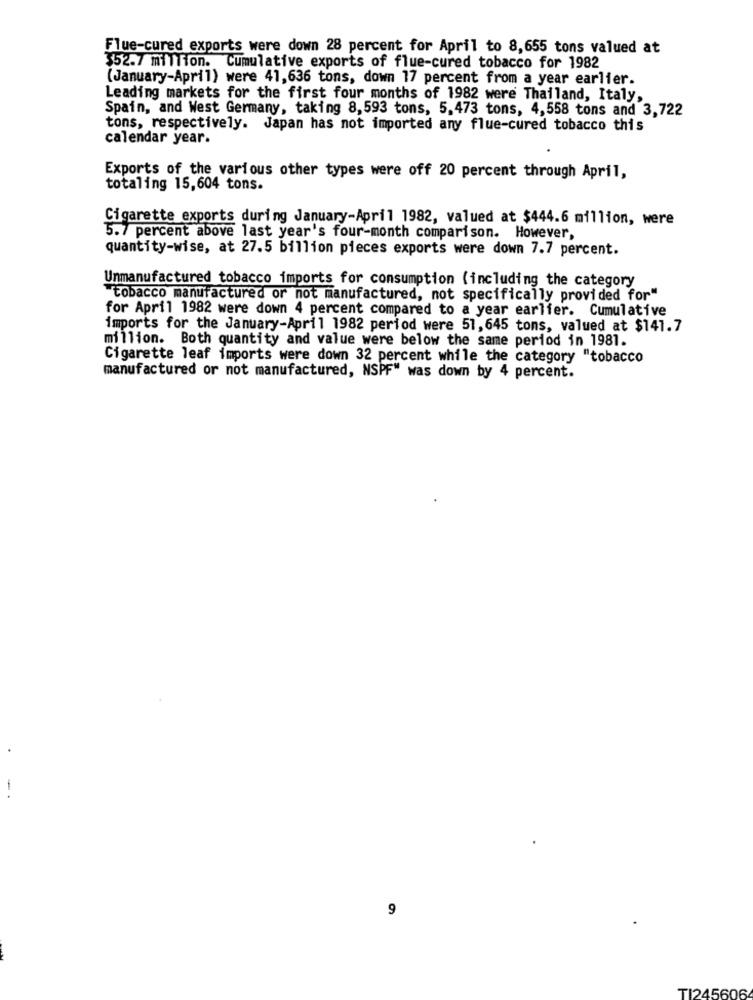
Flue-cured exports were down 28 percent for April to 8,655 tons valued at
352.7 million. Cumulative exports of flue-cured tobacco for 1982
(January-April) were 41,636 tons, down 17 percent from a year earlier.
Leading markets for the first four months of 1982 were Thailand, Italy,
Spain, and West Germany, taking 8,593 tons, 5, 473 tons, 4,558 tons and 3,722
tons, respectively. Japan has not imported any flue-cured tobacco this
calendar year.
Exports of the various other types were off 20 percent through April,
totaling 15,604 tons.
Cigarette exports during January-April 1982, valued at $444.6 million, were
5.7 percent above last year's four-month comparison. However,
quantity-wise, at 27.5 billion pieces exports were down 7.7 percent.
Unmanufactured tobacco imports for consumption (including the category
"tobacco manufactured or not manufactured, not specifically provided for"
for April 1982 were down 4 percent compared to a year earlier. Cumulative
imports for the January-April 1982 period were 51, 645 tons, valued at $141.7
million. Both quantity and value were below the same period in 1981.
Cigarette leaf imports were down 32 percent while the category "tobacco
manufactured or not manufactured, NSPF" was down by 4 percent.
-
9
TI245606